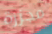
مجزرة